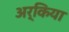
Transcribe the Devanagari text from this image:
अर्किया